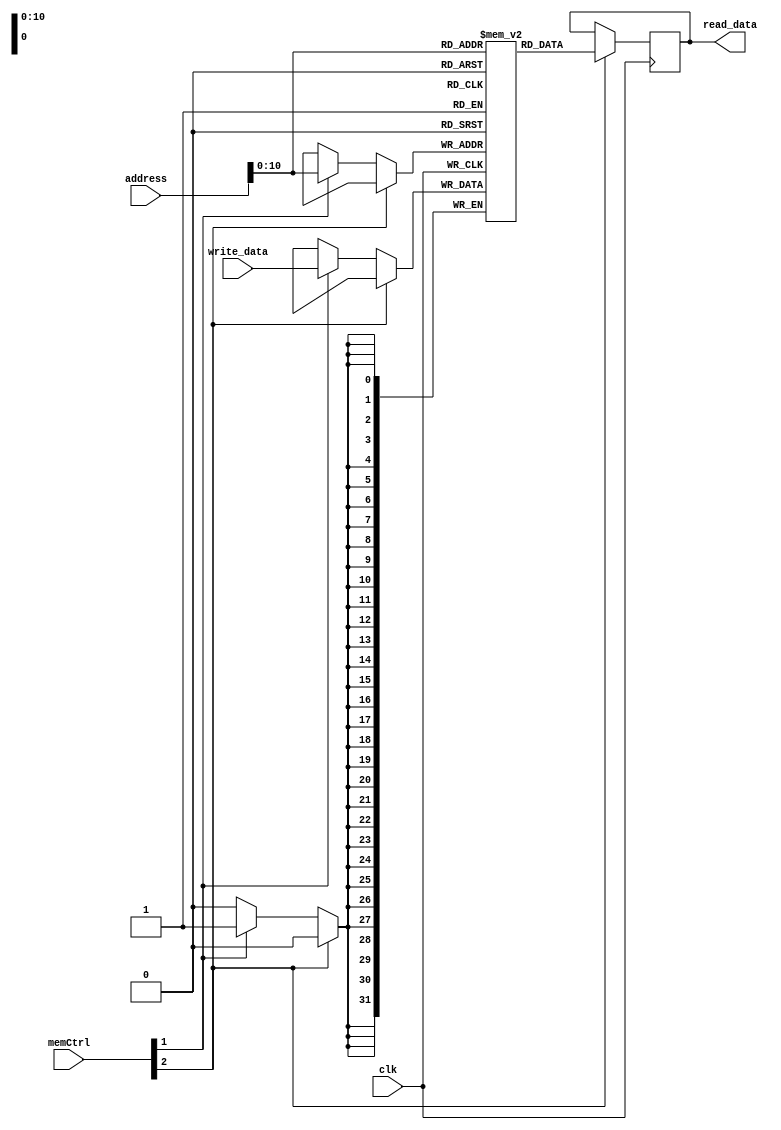
module data(clk,address,write_data,memCtrl,read_data);
input clk;
input [2:0] memCtrl;
input [31:0] address,write_data;
output reg [31:0]read_data;
reg [31:0] varss[2047:0];
wire mem_Read = memCtrl[2],mem_write = memCtrl[1];

initial
begin
read_data=0;
end


always@(negedge clk)
begin 
if(mem_Read)
read_data=varss[address];
else
begin
if(mem_write)
varss[address]=write_data;
end
end
endmodule